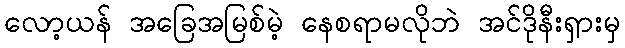
လော့ယန် အခြေအမြစ်မဲ့ နေစရာမလိုဘဲ အင်ဒိုနီးရှားမှ